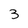
Character: 3